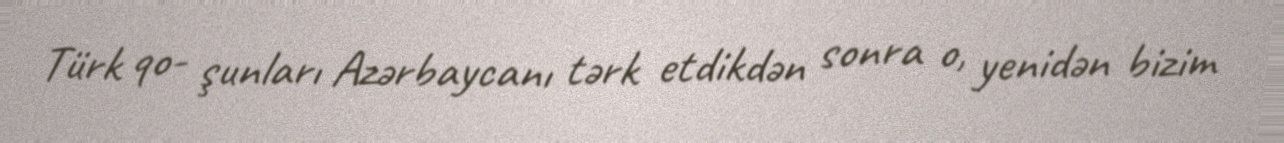
Türk qo- şunları Azərbaycanı tərk etdikdən sonra o, yenidən bizim